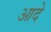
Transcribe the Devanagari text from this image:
आदे